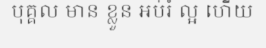
បុគ្គល មាន ខ្លួន ឣប់រំ ល្អ ហើយ